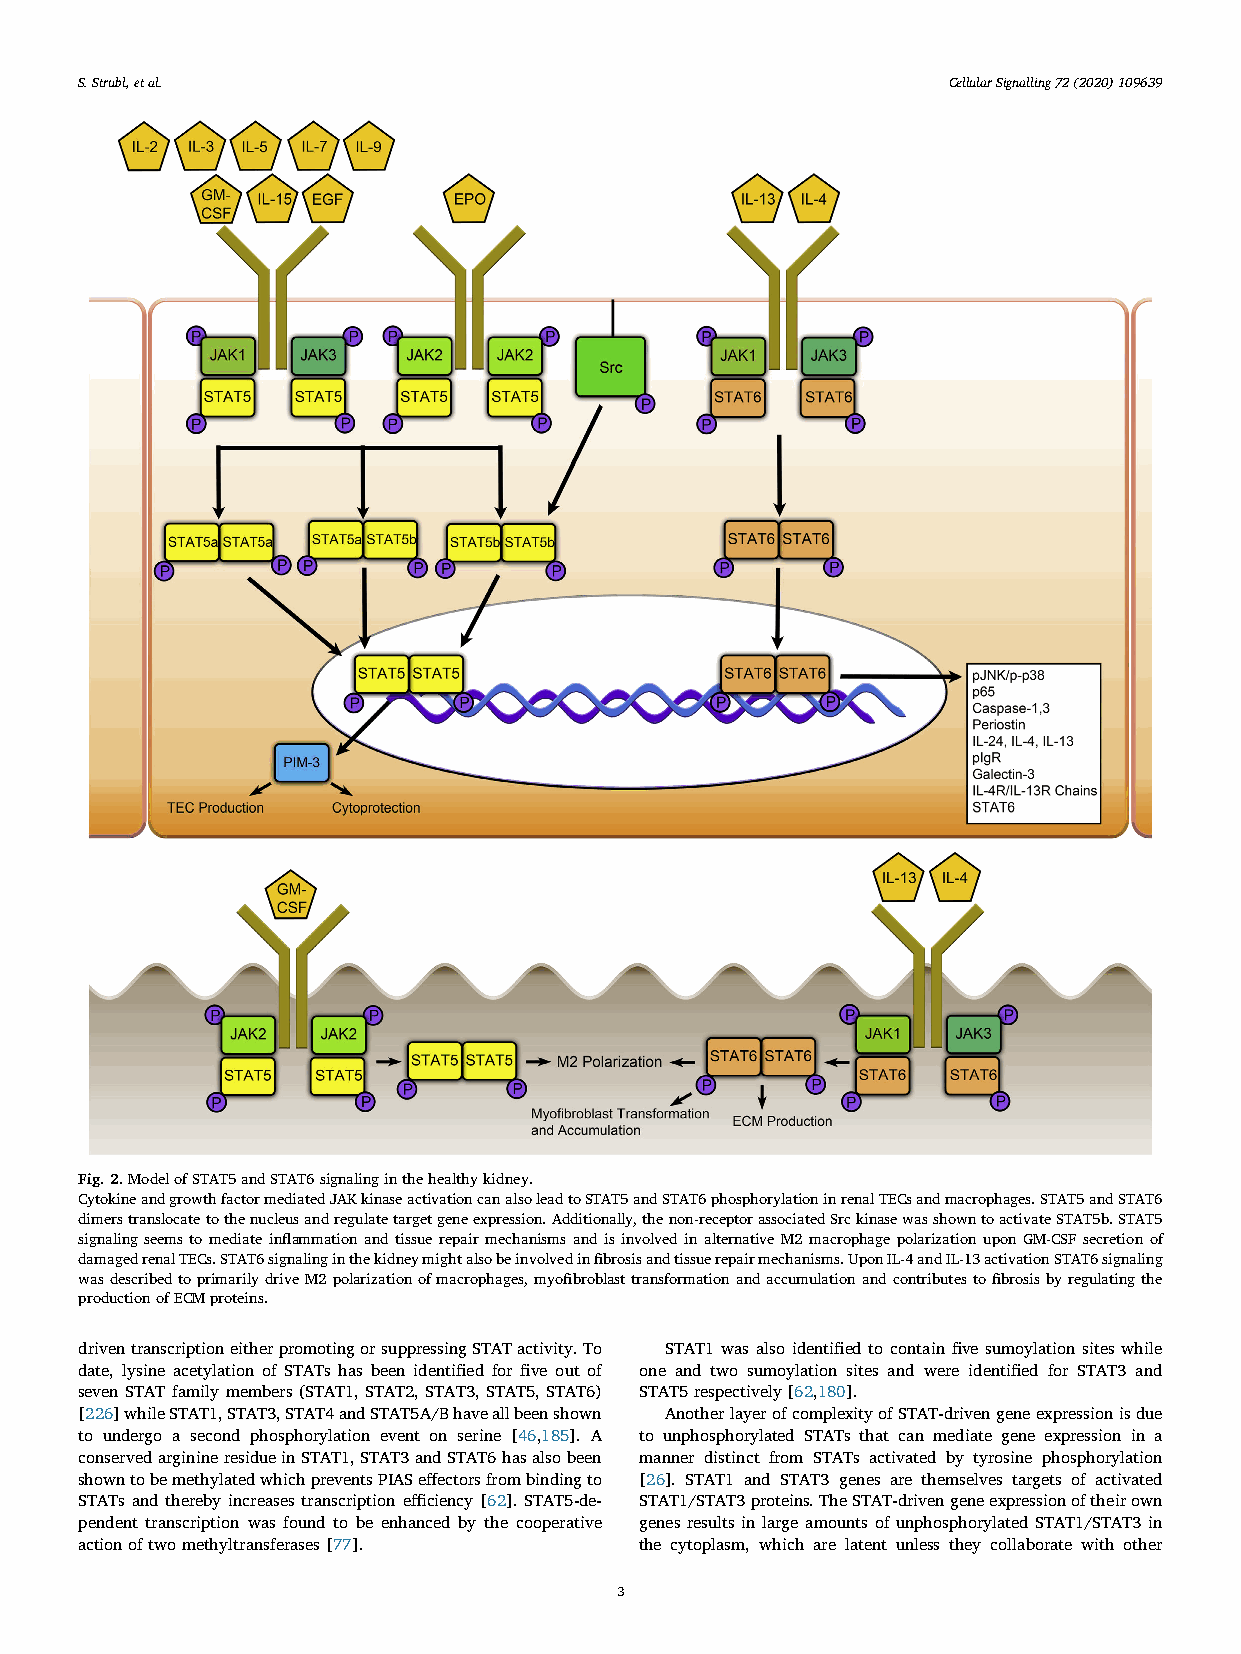
S.Strubl,etal.                                            Cellular Signalling 72 (2020) 109639
 Fig.2.ModelofSTAT5andSTAT6signalinginthehealthykidney.
 CytokineandgrowthfactormediatedJAKkinaseactivationcanalsoleadtoSTAT5andSTAT6phosphorylationinrenalTECsandmacrophages.STAT5andSTAT6
 dimerstranslocatetothenucleusandregulatetargetgeneexpression.Additionally,thenon-receptorassociatedSrckinasewasshowntoactivateSTAT5b.STAT5
 signaling seems to mediate inflammation and tissue repair mechanisms and is involved in alternative M2 macrophage polarization upon GM-CSF secretion of
 damagedrenalTECs.STAT6signalinginthekidneymightalsobeinvolvedinfibrosisandtissuerepairmechanisms.UponIL-4andIL-13activationSTAT6signaling
 wasdescribedtoprimarilydriveM2polarizationofmacrophages,myofibroblasttransformationandaccumulationandcontributestofibrosisbyregulatingthe
 productionofECMproteins.
 driventranscriptioneitherpromotingorsuppressingSTATactivity.To STAT1 was also identified to contain five sumoylation sites while
 date, lysine acetylation of STATs has been identified for five out of one and two sumoylation sites and were identified for STAT3 and
 seven STAT family members (STAT1, STAT2, STAT3, STAT5, STAT6) STAT5respectively[62,180].
 [226]whileSTAT1,STAT3,STAT4andSTAT5A/Bhaveallbeenshown AnotherlayerofcomplexityofSTAT-drivengeneexpressionisdue
 to undergo a second phosphorylation event on serine [46,185]. A to unphosphorylated STATs that can mediate gene expression in a
 conservedarginineresidueinSTAT1,STAT3andSTAT6hasalsobeen manner distinct from STATs activated by tyrosine phosphorylation
 showntobemethylatedwhichpreventsPIASeffectorsfrombindingto [26]. STAT1 and STAT3 genes are themselves targets of activated
 STATs and thereby increases transcription efficiency [62]. STAT5-de- STAT1/STAT3proteins.TheSTAT-drivengeneexpressionoftheirown
 pendent transcription was found to be enhanced by the cooperative genes results in large amounts of unphosphorylated STAT1/STAT3 in
 actionoftwomethyltransferases[77].   the cytoplasm, which are latent unless they collaborate with other
 3